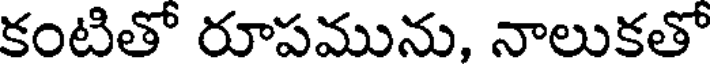
కంటితో రూపమును, నాలుకతో